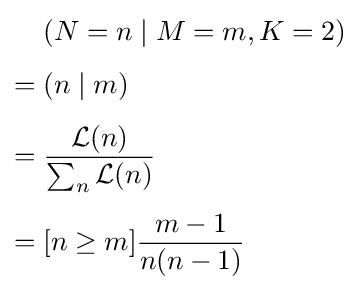
{\begin{aligned}&(N=n\mid M=m,K=2)\\[4pt]={}&(n\mid m)\\[4pt]={}&{\frac {{\mathcal {L}}(n)}{\sum _{n}{\mathcal {L}}(n)}}\\[4pt]={}&[n\geq m]{\frac {m-1}{n(n-1)}}\end{aligned}}